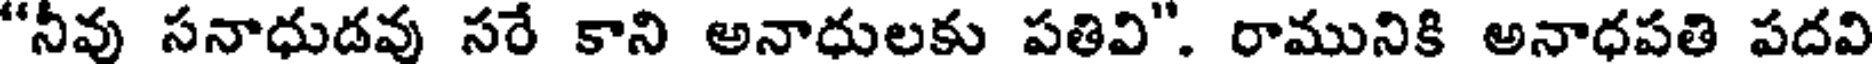
"నీవు సనాధుడవు సరే కాని అనాధులకు పతివి". రామునికి అనాధపతి పదవి